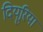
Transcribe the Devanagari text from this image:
दियूरिया